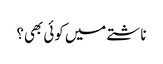
ناشتے میں کوئی بھی؟